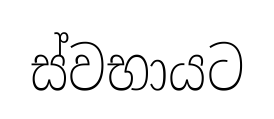
ස්වභායට